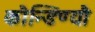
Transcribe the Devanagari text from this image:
कौन्डिण्यौ